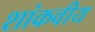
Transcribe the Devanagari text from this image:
शांकवीय